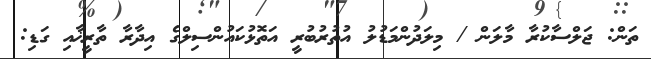
ތަން: ޖަލްސާކުރާ މާލަން / މިލަދުންމަޑުލު އުތުރުބުރީ އަތޮޅުކައުންސިލްގެ އިދާރާ ތާރީޚާއި ގަޑި: